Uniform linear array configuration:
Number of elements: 16
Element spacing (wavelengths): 0.25
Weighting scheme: hamming
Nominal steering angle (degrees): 15
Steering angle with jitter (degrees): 15.25
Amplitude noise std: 0.05
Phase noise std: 0.05

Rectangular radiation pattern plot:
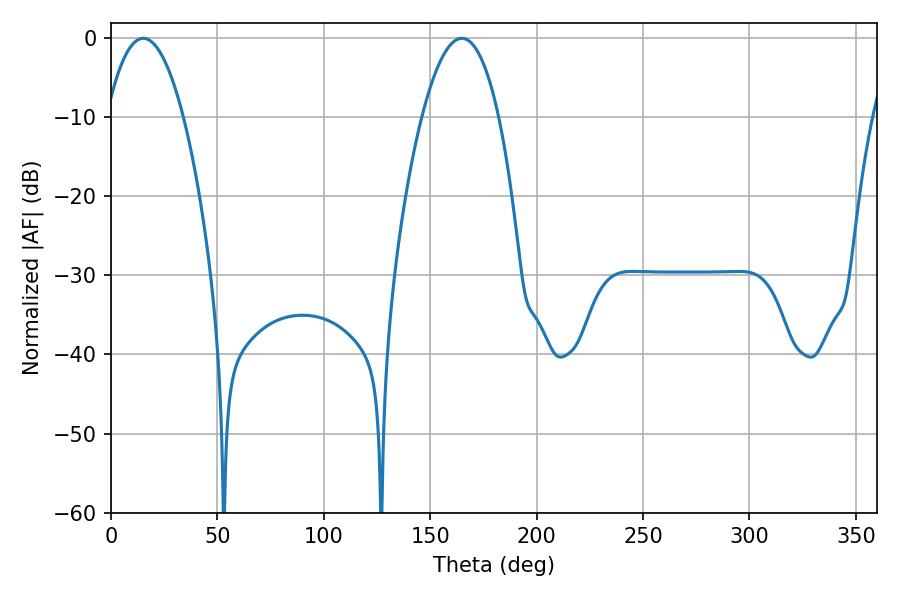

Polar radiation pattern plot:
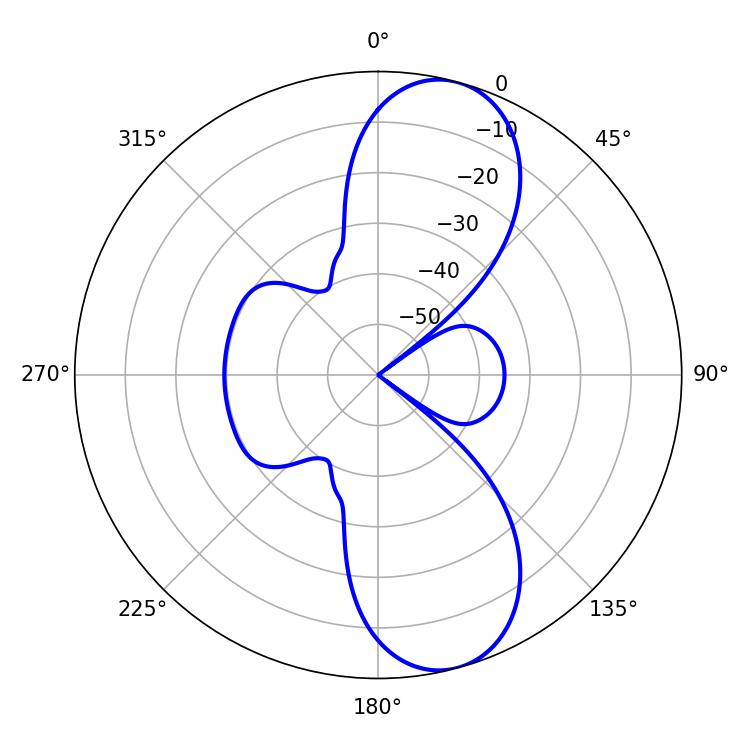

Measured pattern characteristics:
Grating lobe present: FALSE
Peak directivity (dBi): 10.068
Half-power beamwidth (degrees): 19.98
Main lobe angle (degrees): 15.12